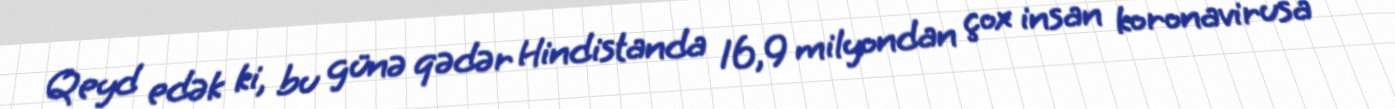
Qeyd edək ki, bu günə qədər Hindistanda 16,9 milyondan çox insan koronavirusa